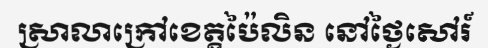
ស្រាលាក្រៅខេត្តប៉ៃលិន នៅថ្ងៃសៅរ៍